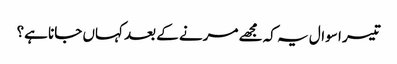
تیسر ا سوال یہ کہ مجھے مرنے کے بعد کہاں جانا ہے؟